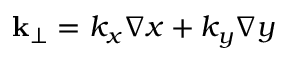
\mathbf k _ { \perp } = k _ { x } \nabla x + k _ { y } \nabla y